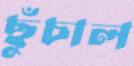
ছুঁচাল